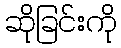
ဆိုခြင်းကို